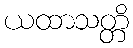
ယထာသတ္တိ